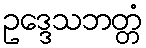
ဥဒ္ဒေသဘတ္တံ